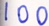
1 0 0